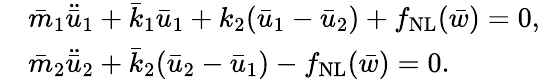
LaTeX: \begin{array}{rl}&{\bar{m}_{1}\ddot{\bar{u}}_{1}+\bar{k}_{1}\bar{u}_{1}+k_{2}(\bar{u}_{1}-\bar{u}_{2})+f_{\mathrm{NL}}(\bar{w})=0,}\\ &{\bar{m}_{2}\ddot{\bar{u}}_{2}+\bar{k}_{2}(\bar{u}_{2}-\bar{u}_{1})-f_{\mathrm{NL}}(\bar{w})=0.}\end{array}